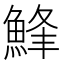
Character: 𩷭